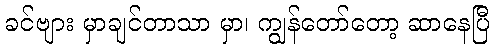
ခင်ဗျား မှာချင်တာသာ မှာ၊ ကျွန်တော်တော့ ဆာနေပြီ